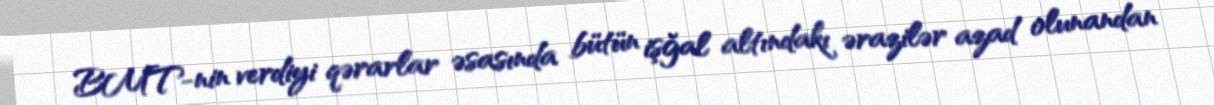
BMT-nin verdiyi qərarlar əsasında bütün işğal altındakı ərazilər azad olunandan